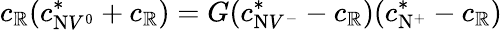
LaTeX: c_{\mathbb{R}}(c_{\mathrm{{N}}V^{0}}^{*}+c_{\mathbb{R}})=G(c_{\mathrm{{N}}V^{-}}^{*}-c_{\mathbb{R}})(c_{\mathrm{{N}}^{+}}^{*}-c_{\mathbb{R}})